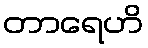
တာရေဟိ